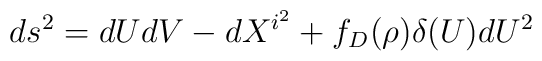
ds^2=dUdV-dX^{i^2}+f_D(\rho) \delta(U)dU^2